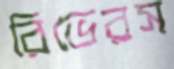
রিভেরস